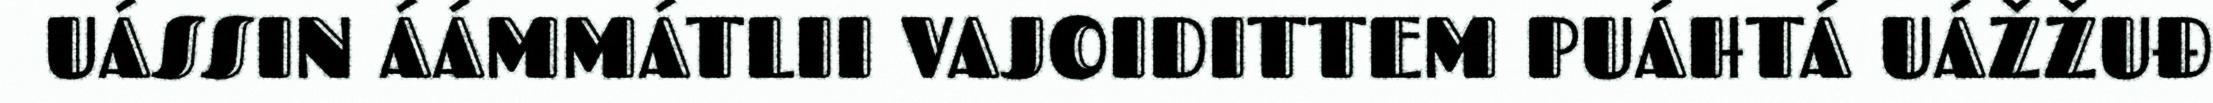
UÁSSIN ÁÁMMÁTLII VAJOIDITTEM PUÁHTÁ UÁŽŽUĐ